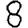
Digit: 8